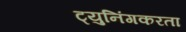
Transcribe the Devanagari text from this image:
ट्युनिंगकरता